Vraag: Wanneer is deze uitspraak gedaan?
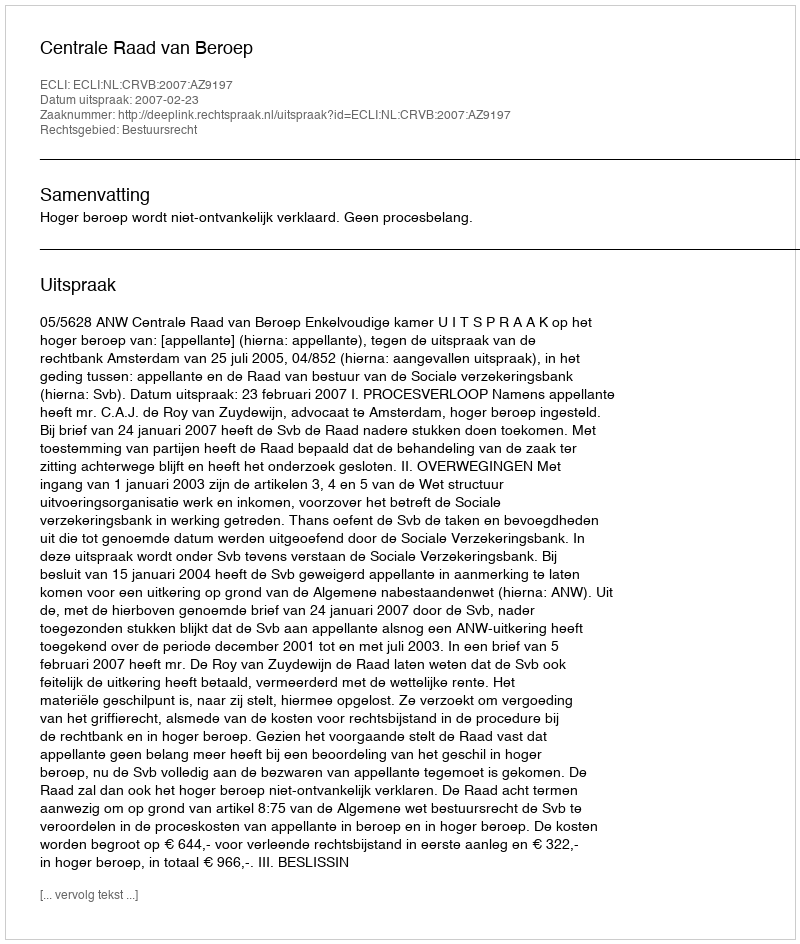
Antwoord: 2007-02-23